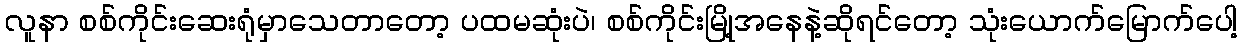
လူနာ စစ်ကိုင်းဆေးရုံမှာသေတာတော့ ပထမဆုံးပဲ၊ စစ်ကိုင်းမြို့အနေနဲ့ဆိုရင်တော့ သုံးယောက်မြောက်ပေါ့